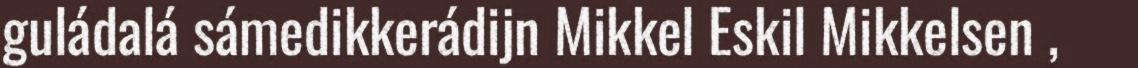
guládalá sámedikkerádijn Mikkel Eskil Mikkelsen ,